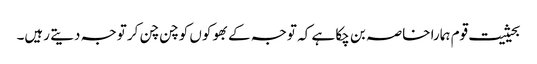
بحیثیت قوم ہمارا خاصہ بن چکا ہے کہ توجہ کے بھوکوں کو چن چن کر توجہ دیتے رہیں۔